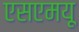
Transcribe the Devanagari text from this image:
एसएमयू